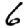
Digit: 6